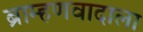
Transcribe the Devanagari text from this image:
ब्राम्हणवादाला